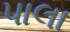
પાલા